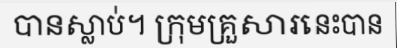
បានស្លាប់។ ក្រុមគ្រួសារនេះបាន